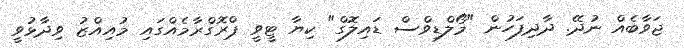
ޖަވާބެއް ނުދޭ. ދާދިފަހުން "މޯލްޑިވްސް ޑައިލޮގް" ކިޔާ ޓީވީ ޕްރޮގްރާމެއްގައި މުއިއްޒު ވިދާޅުވީ